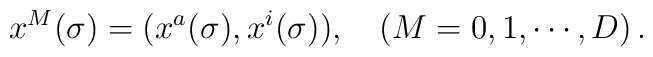
x^M(\sigma)=(x^a(\sigma), x^i(\sigma)),\quad (M=0,1,\cdots, D)\,.